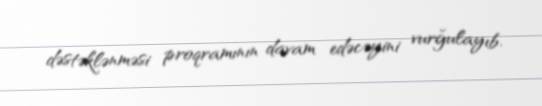
dəstəklənməsi proqramının davam edəcəyini vurğulayıb.